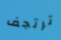
ترتجف